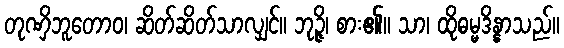
တုဏှိဘူတောဝ၊ ဆိတ်ဆိတ်သာလျှင်။ ဘုဉ္ဇိ၊ စား၏။ သာ၊ ထိုဓမ္မဒိန္နာသည်။